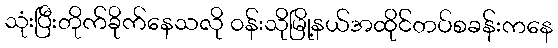
သုံးပြီးတိုက်ခိုက်နေသလို ဝန်းသိုမြို့နယ်အထိုင်တပ်စခန်းကနေ